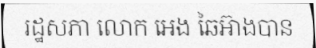
រដ្ឋសភា លោក អេង ឆៃអ៊ាងបាន